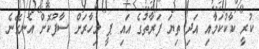
ކުރީ ކާކުކަމާއި އަދި ތިޔަ ފަރާތުގެ އައި ޕީ މިހާރަށް ސާފުކޮށް އެނގޭނެ